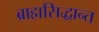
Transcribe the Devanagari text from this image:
ब्राह्मसिद्धान्त